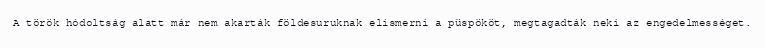
A török hódoltság alatt már nem akarták földesuruknak elismerni a püspököt, megtagadták neki az engedelmességet.